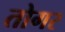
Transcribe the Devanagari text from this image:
तोगर